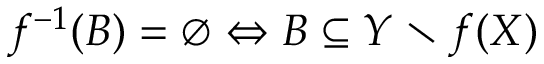
f ^ { - 1 } ( B ) = \varnothing \Leftrightarrow B \subseteq Y \setminus f ( X )